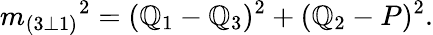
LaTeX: {m_{(3\bot1)}}^{2}=(\mathbb{Q}_{1}-\mathbb{Q}_{3})^{2}+(\mathbb{Q}_{2}-P)^{2}.